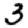
Digit: 3